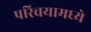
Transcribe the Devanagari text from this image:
परिचयामध्ये